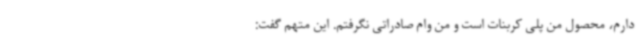
دارم، محصول من پلی کربنات است و من وام صادراتی نگرفتم. این متهم گفت: